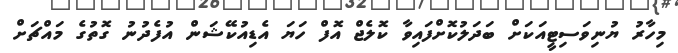
މިހާރު ޔުނިވަސިޓީއަކަށް ބަދަލުކޮށްފައިވާ ކޮލެޖް އޮފް ހަޔަ އެޑިއުކޭޝަން އުފެދުނު ގޮތުގެ މައްޗަށް